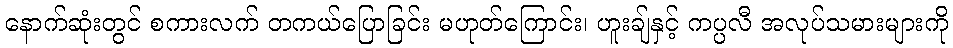
နောက်ဆုံးတွင် စကားလက် တကယ်ပြောခြင်း မဟုတ်ကြောင်း၊ ဟူးချ်နှင့် ကပ္ပလီ အလုပ်သမားများကို